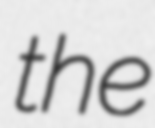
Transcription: the